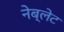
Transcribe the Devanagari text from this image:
नेब्लेट